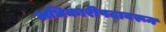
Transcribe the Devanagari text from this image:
अधिकारीपदावरून